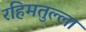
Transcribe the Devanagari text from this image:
रहिमतुल्ला